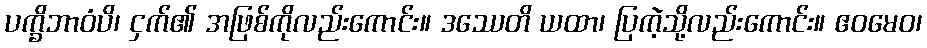
ပက္ခိဘာဝံပိ၊ ငှက်၏ အဖြစ်ကိုလည်းကောင်း။ ဒဿေတိ ယထာ၊ ပြကဲ့သို့လည်းကောင်း။ ဧဝမေဝ၊